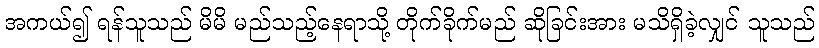
အကယ်၍ ရန်သူသည် မိမိ မည်သည့်နေရာသို့ တိုက်ခိုက်မည် ဆိုခြင်းအား မသိရှိခဲ့လျှင် သူသည်